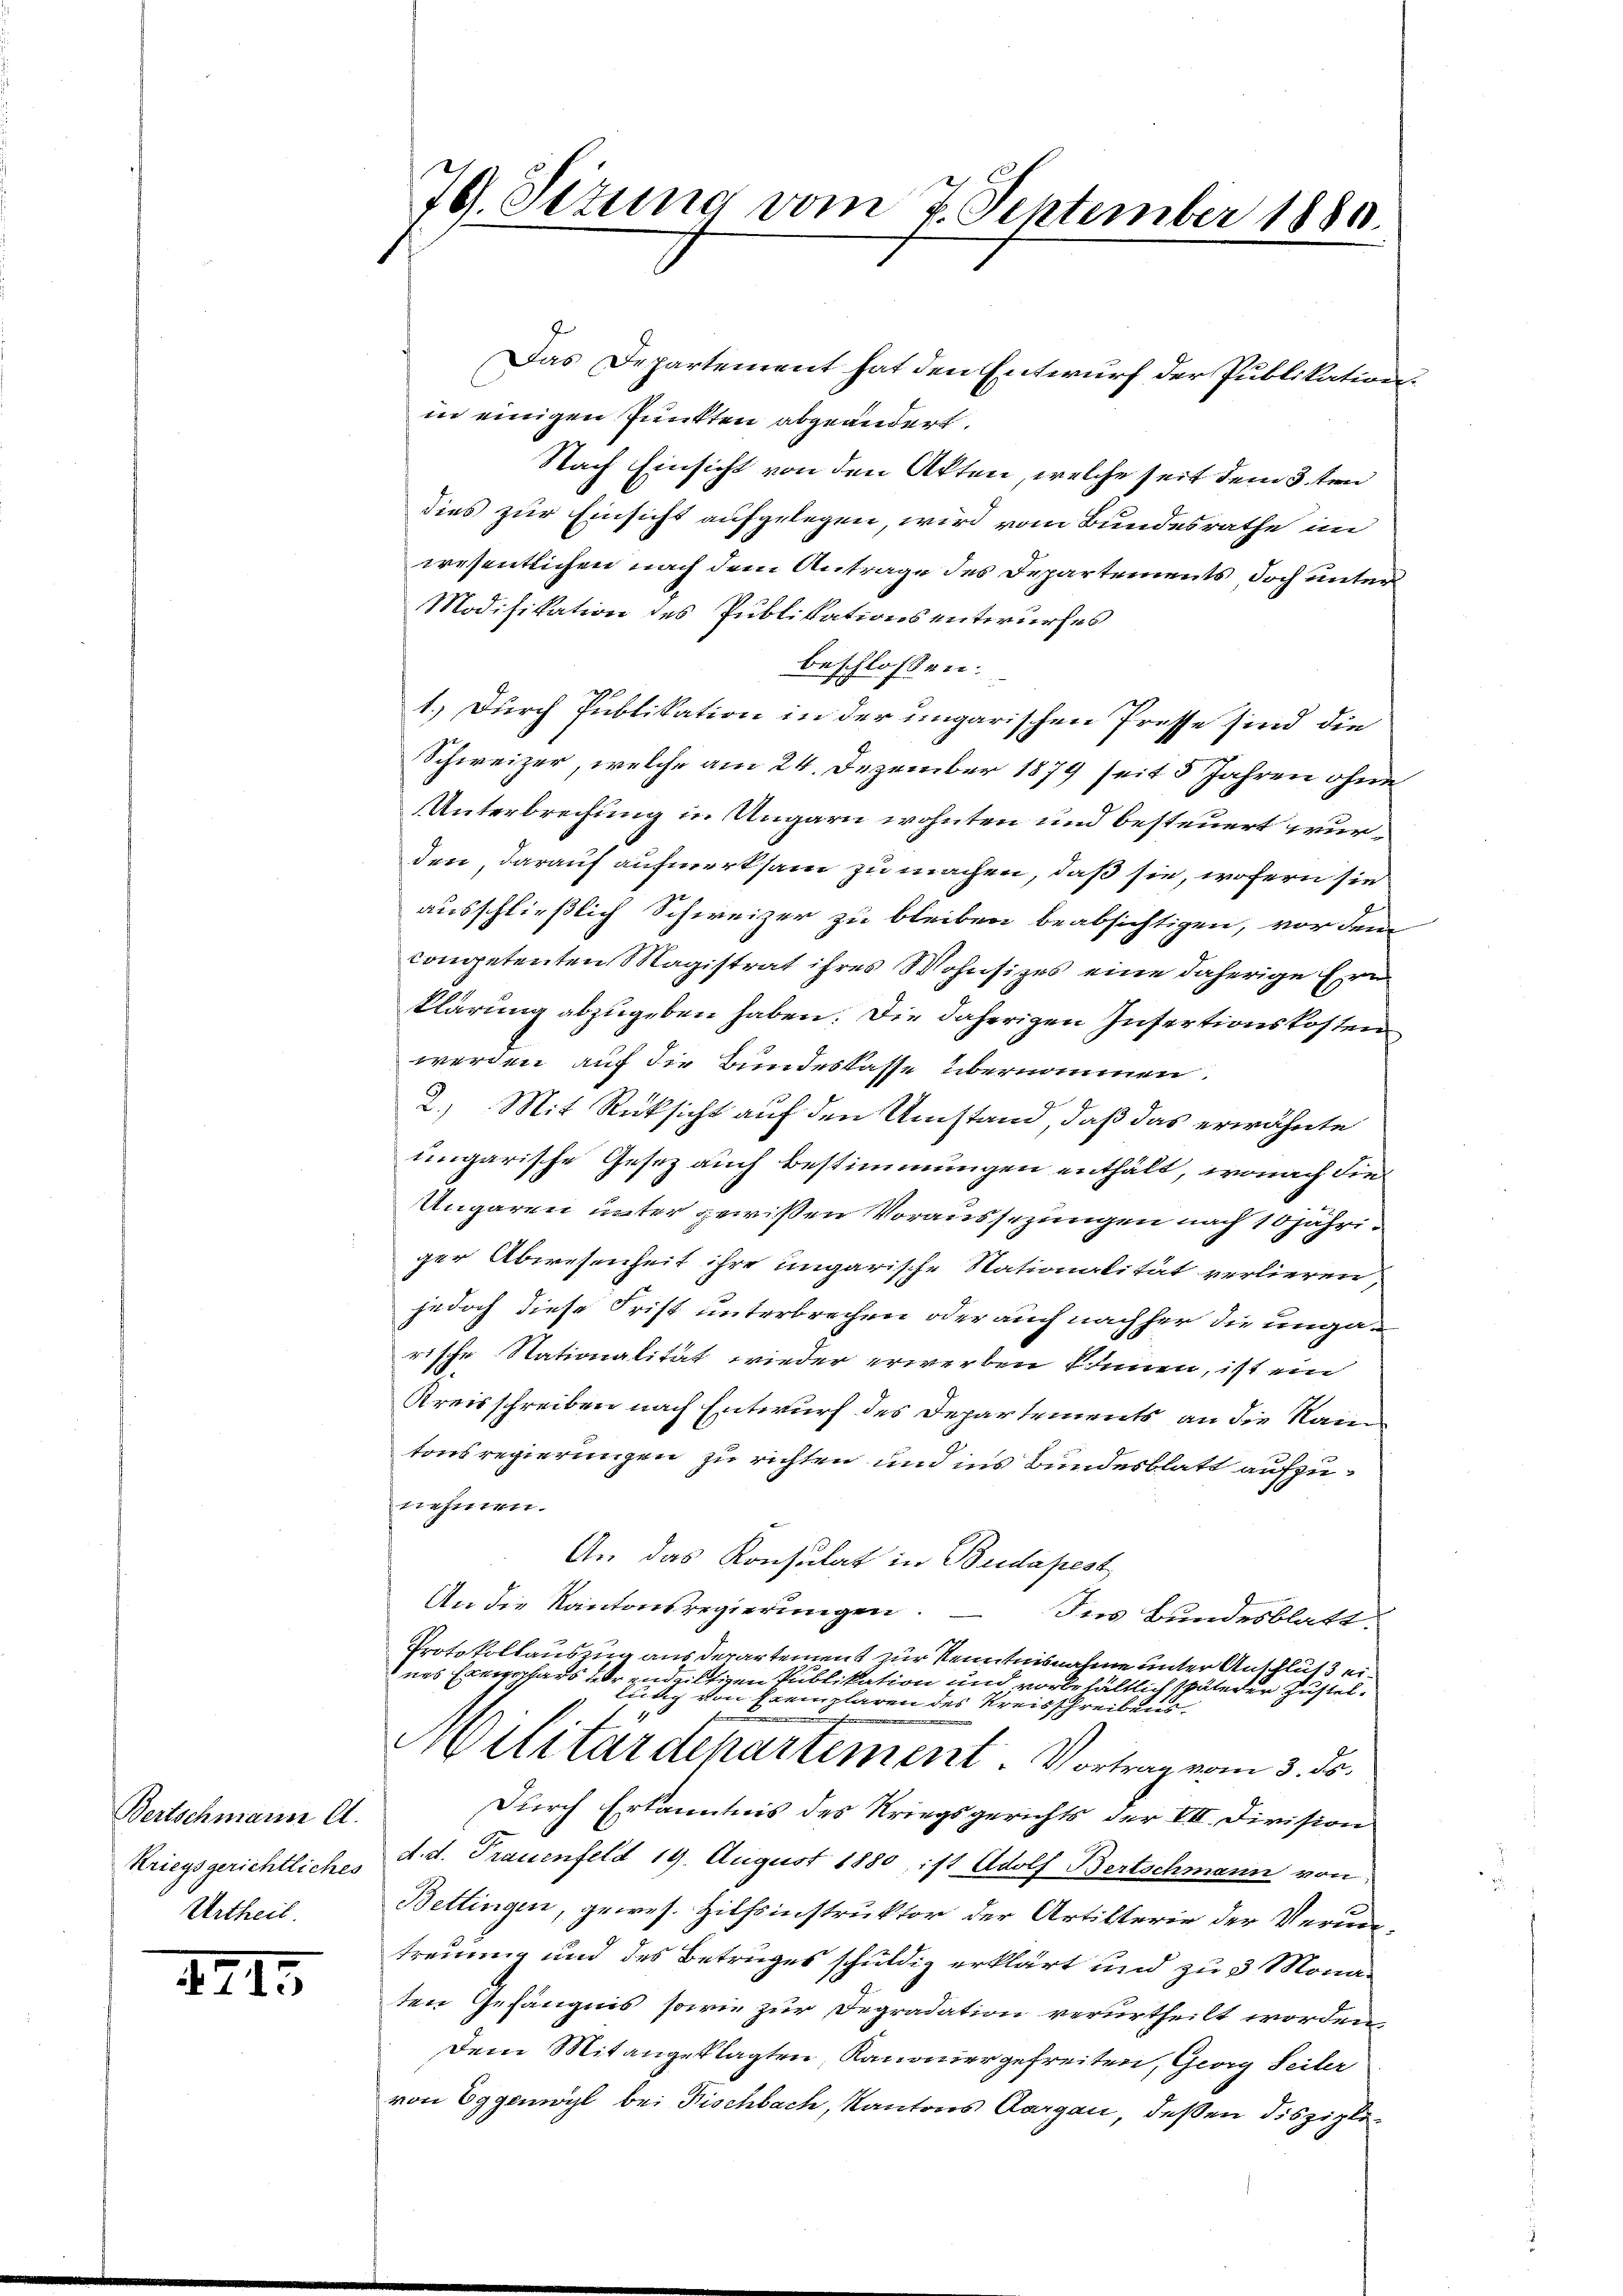
Bertschmann A.
Kriegsgerichtliches
Urtheil

III.

70. Setung vom 7. September 1880.

Das Departement hat den Entwurf der Publikation.
in einigen Punkten abgeändert.
Nach Einsicht von den Akten, welche seit dem 3ten
dies zur Einsicht aufgelegen, wird vom Bundesrathe im
wesentlichen nach dem Antrage des Departements doch unter
Modifikation des Publikationsentwurfes
beschlossen:
1.) Durch Publikation in der ungarischen Presse sind die
Schweizer, welche am 24. Dezember 1879 seit 5 Jahren ohne
Unterbrechung in Ungarn wohnten und besteuert wurden, darauf aufmerksam zu machen, daß sie, wofern sie
ausschließlich Schweizer zu bleiben beabsichtigen, vor dem
competenten Magistrat ihres Wohnsitzes eine daherige Ern
klärung abzugeben haben. Die daherigen Infertionskosten
werden, auf die Bundeskasse übernommen.
2.) Mit Rücksicht auf den Umstand, daß das erwähnte
ungarische Gesez auch Bestimmungen enthält, wonach die
Ungaren unter gewißen Voraussezungen nach 10 jähriger Abwesenheit ihre ungarische Stationalität verlieren,
jedoch diese Frist unterbrechen oder auch nachher die ungarische Nationalität wieder erwerben können, ist ein
Kreisschreiben nach Entwurf des Departements an die Rain
tonsregierungen zu richten und ins Bundesblatt aufzusichten.
An das Konsulat in Budapest
An die Kantonsregierungen
des Bundesblatt.
Protokollauszug aus derartement zur Kenntnisnahme unter Anschluß eines Exemplars der andultigen Publikation und vorbehältlich späterer Zustellung von Fremplaren des Kreisschreibung
Bedenen erheben nichten |
1
Militärdepartement. Vortrag vom 3. ds.
Durch Erkanntnis des Kriegsgerichts der VII. Division
d. d. Frauenfeld 19. August 1880, ist Adolf Bertschmann von
Bettingen, gewes. Hilfsinstruktor der Artilterie der Veruntreuung und des Betruges schuldig erklärt und zu 3 Monaten Gefängnis sowie zur Degradation verurtheilt worden.
Dem Mitangeklagten, Kanonier gefreiten, Georg Seiter
von Eggenwyl bei Fischbach, Kantons Aargau, deßen Disziplo¬